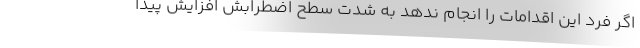
اگر فرد این اقدامات را انجام ندهد به شدت سطح اضطرابش افزایش پیدا